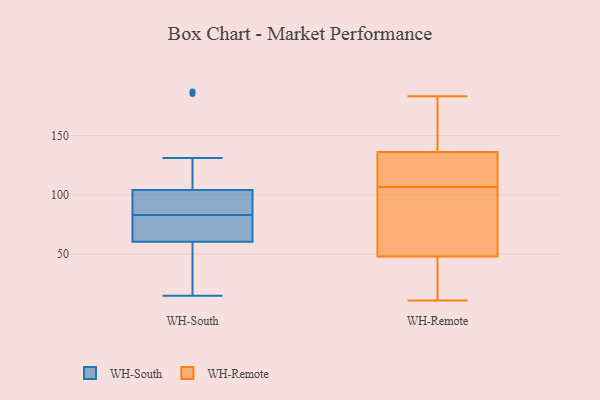
{"axis": {"x": "Customer Acquisition Cost (USD)", "y": "Value"}, "legend": ["WH-Remote", "WH-South"], "data": [{"x": "", "y": 187, "type": "WH-South"}, {"x": "", "y": 78, "type": "WH-South"}, {"x": "", "y": 83, "type": "WH-South"}, {"x": "", "y": 84, "type": "WH-South"}, {"x": "", "y": 45, "type": "WH-South"}, {"x": "", "y": 55, "type": "WH-South"}, {"x": "", "y": 112, "type": "WH-South"}, {"x": "", "y": 185, "type": "WH-South"}, {"x": "", "y": 15, "type": "WH-South"}, {"x": "", "y": 89, "type": "WH-South"}, {"x": "", "y": 131, "type": "WH-South"}, {"x": "", "y": 67, "type": "WH-South"}, {"x": "", "y": 90, "type": "WH-South"}, {"x": "", "y": 78, "type": "WH-South"}, {"x": "", "y": 47, "type": "WH-South"}, {"x": "", "y": 83, "type": "WH-South"}, {"x": "", "y": 96, "type": "WH-South"}, {"x": "", "y": 127, "type": "WH-South"}, {"x": "", "y": 66, "type": "WH-South"}, {"x": "", "y": 26, "type": "WH-South"}, {"x": "", "y": 120, "type": "WH-Remote"}, {"x": "", "y": 64, "type": "WH-Remote"}, {"x": "", "y": 123, "type": "WH-Remote"}, {"x": "", "y": 140, "type": "WH-Remote"}, {"x": "", "y": 48, "type": "WH-Remote"}, {"x": "", "y": 93, "type": "WH-Remote"}, {"x": "", "y": 64, "type": "WH-Remote"}, {"x": "", "y": 150, "type": "WH-Remote"}, {"x": "", "y": 11, "type": "WH-Remote"}, {"x": "", "y": 87, "type": "WH-Remote"}, {"x": "", "y": 42, "type": "WH-Remote"}, {"x": "", "y": 44, "type": "WH-Remote"}, {"x": "", "y": 29, "type": "WH-Remote"}, {"x": "", "y": 183, "type": "WH-Remote"}, {"x": "", "y": 120, "type": "WH-Remote"}, {"x": "", "y": 136, "type": "WH-Remote"}, {"x": "", "y": 135, "type": "WH-Remote"}, {"x": "", "y": 139, "type": "WH-Remote"}]}